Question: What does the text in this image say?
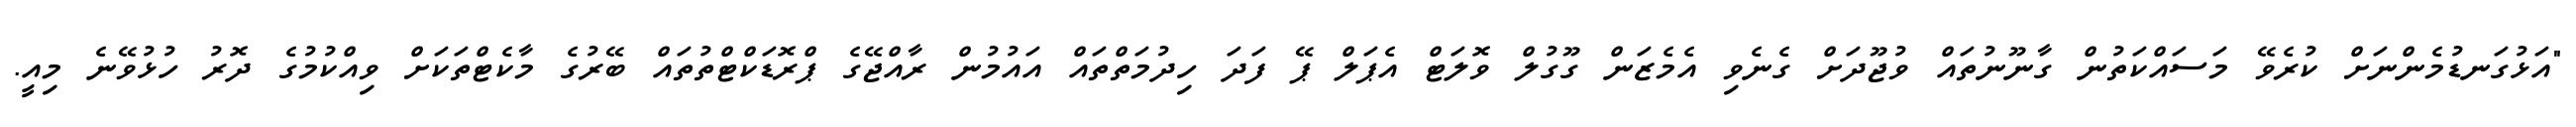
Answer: "އަޅުގަނޑުމެންނަށް ކުރެވޭ މަސައްކަތުން ގާނޫނުތައް ވުޖޫދަށް ގެނެވި އެމެޒަން ގޫގުލް ވޮލަޓް އެޕަލް ޕޭ ފަދަ ހިދުމަތްތައް އައުމުން ރާއްޖޭގެ ޕްރޮޑަކްޓްތުތައް ބޭރުގެ މާކެޓްތަކަށް ވިއްކުމުގެ ދޮރު ހުޅުވޭނެ މިއީ.